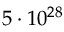
5 \cdot 1 0 ^ { 2 8 }